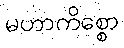
မဟာကိစ္စော